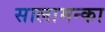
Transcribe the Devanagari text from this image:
सालामन्का